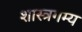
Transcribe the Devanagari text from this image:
शास्त्रगम्य